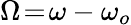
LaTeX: \Omega\! =\! \omega-\omega_{o}